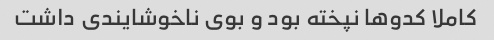
کاملا کدوها نپخته بود و بوی ناخوشایندی داشت